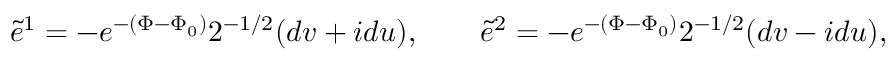
\widetilde e ^ { 1 } = - e ^ { - ( \Phi - \Phi _ { 0 } ) } 2 ^ { - 1 / 2 } ( d v + i d u ) , \qquad \widetilde e ^ { 2 } = - e ^ { - ( \Phi - \Phi _ { 0 } ) } 2 ^ { - 1 / 2 } ( d v - i d u ) ,